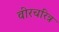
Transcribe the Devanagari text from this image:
वीरचरित्र